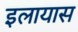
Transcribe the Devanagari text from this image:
इलायास